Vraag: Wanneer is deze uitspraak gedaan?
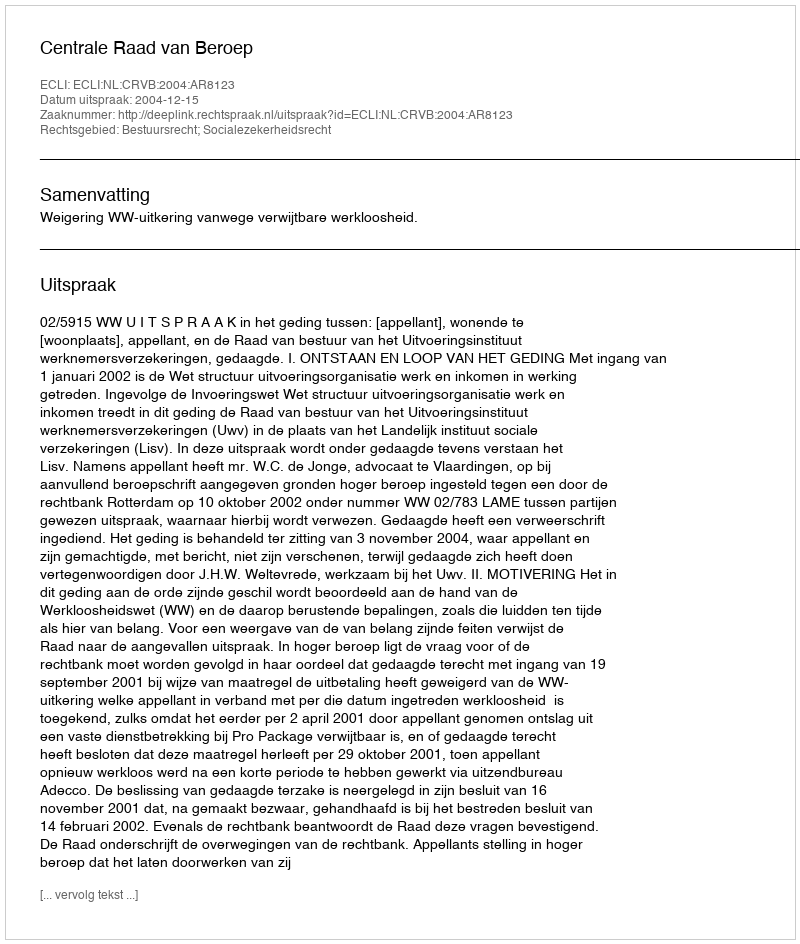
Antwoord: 2004-12-15